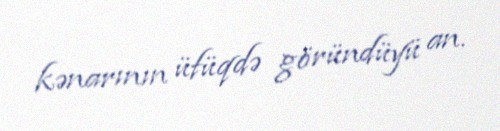
kənarının üfüqdə göründüyü an.